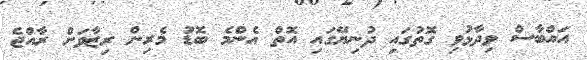
އައްބާސް ވިދާޅުވި ގޮތުގައި ދުނިޔޭގައި އޮތް އެންމެ ބޮޑު މެރިން ރިޒާވަށް ރާއްޖެ